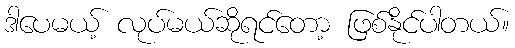
ဒါပေမယ့် လုပ်မယ်ဆိုရင်တော့ ဖြစ်နိုင်ပါတယ်။